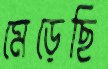
মেড়েছি